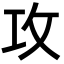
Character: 攻